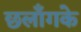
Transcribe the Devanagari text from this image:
छलाँगके